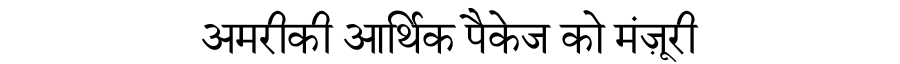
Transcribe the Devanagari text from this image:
अमरीकी आर्थिक पैकेज को मंज़ूरी